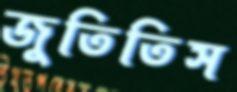
জুতিতিস